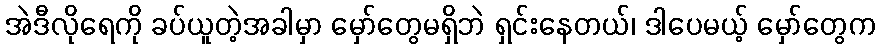
အဲဒီလိုရေကို ခပ်ယူတဲ့အခါမှာ မှော်တွေမရှိဘဲ ရှင်းနေတယ်၊ ဒါပေမယ့် မှော်တွေက